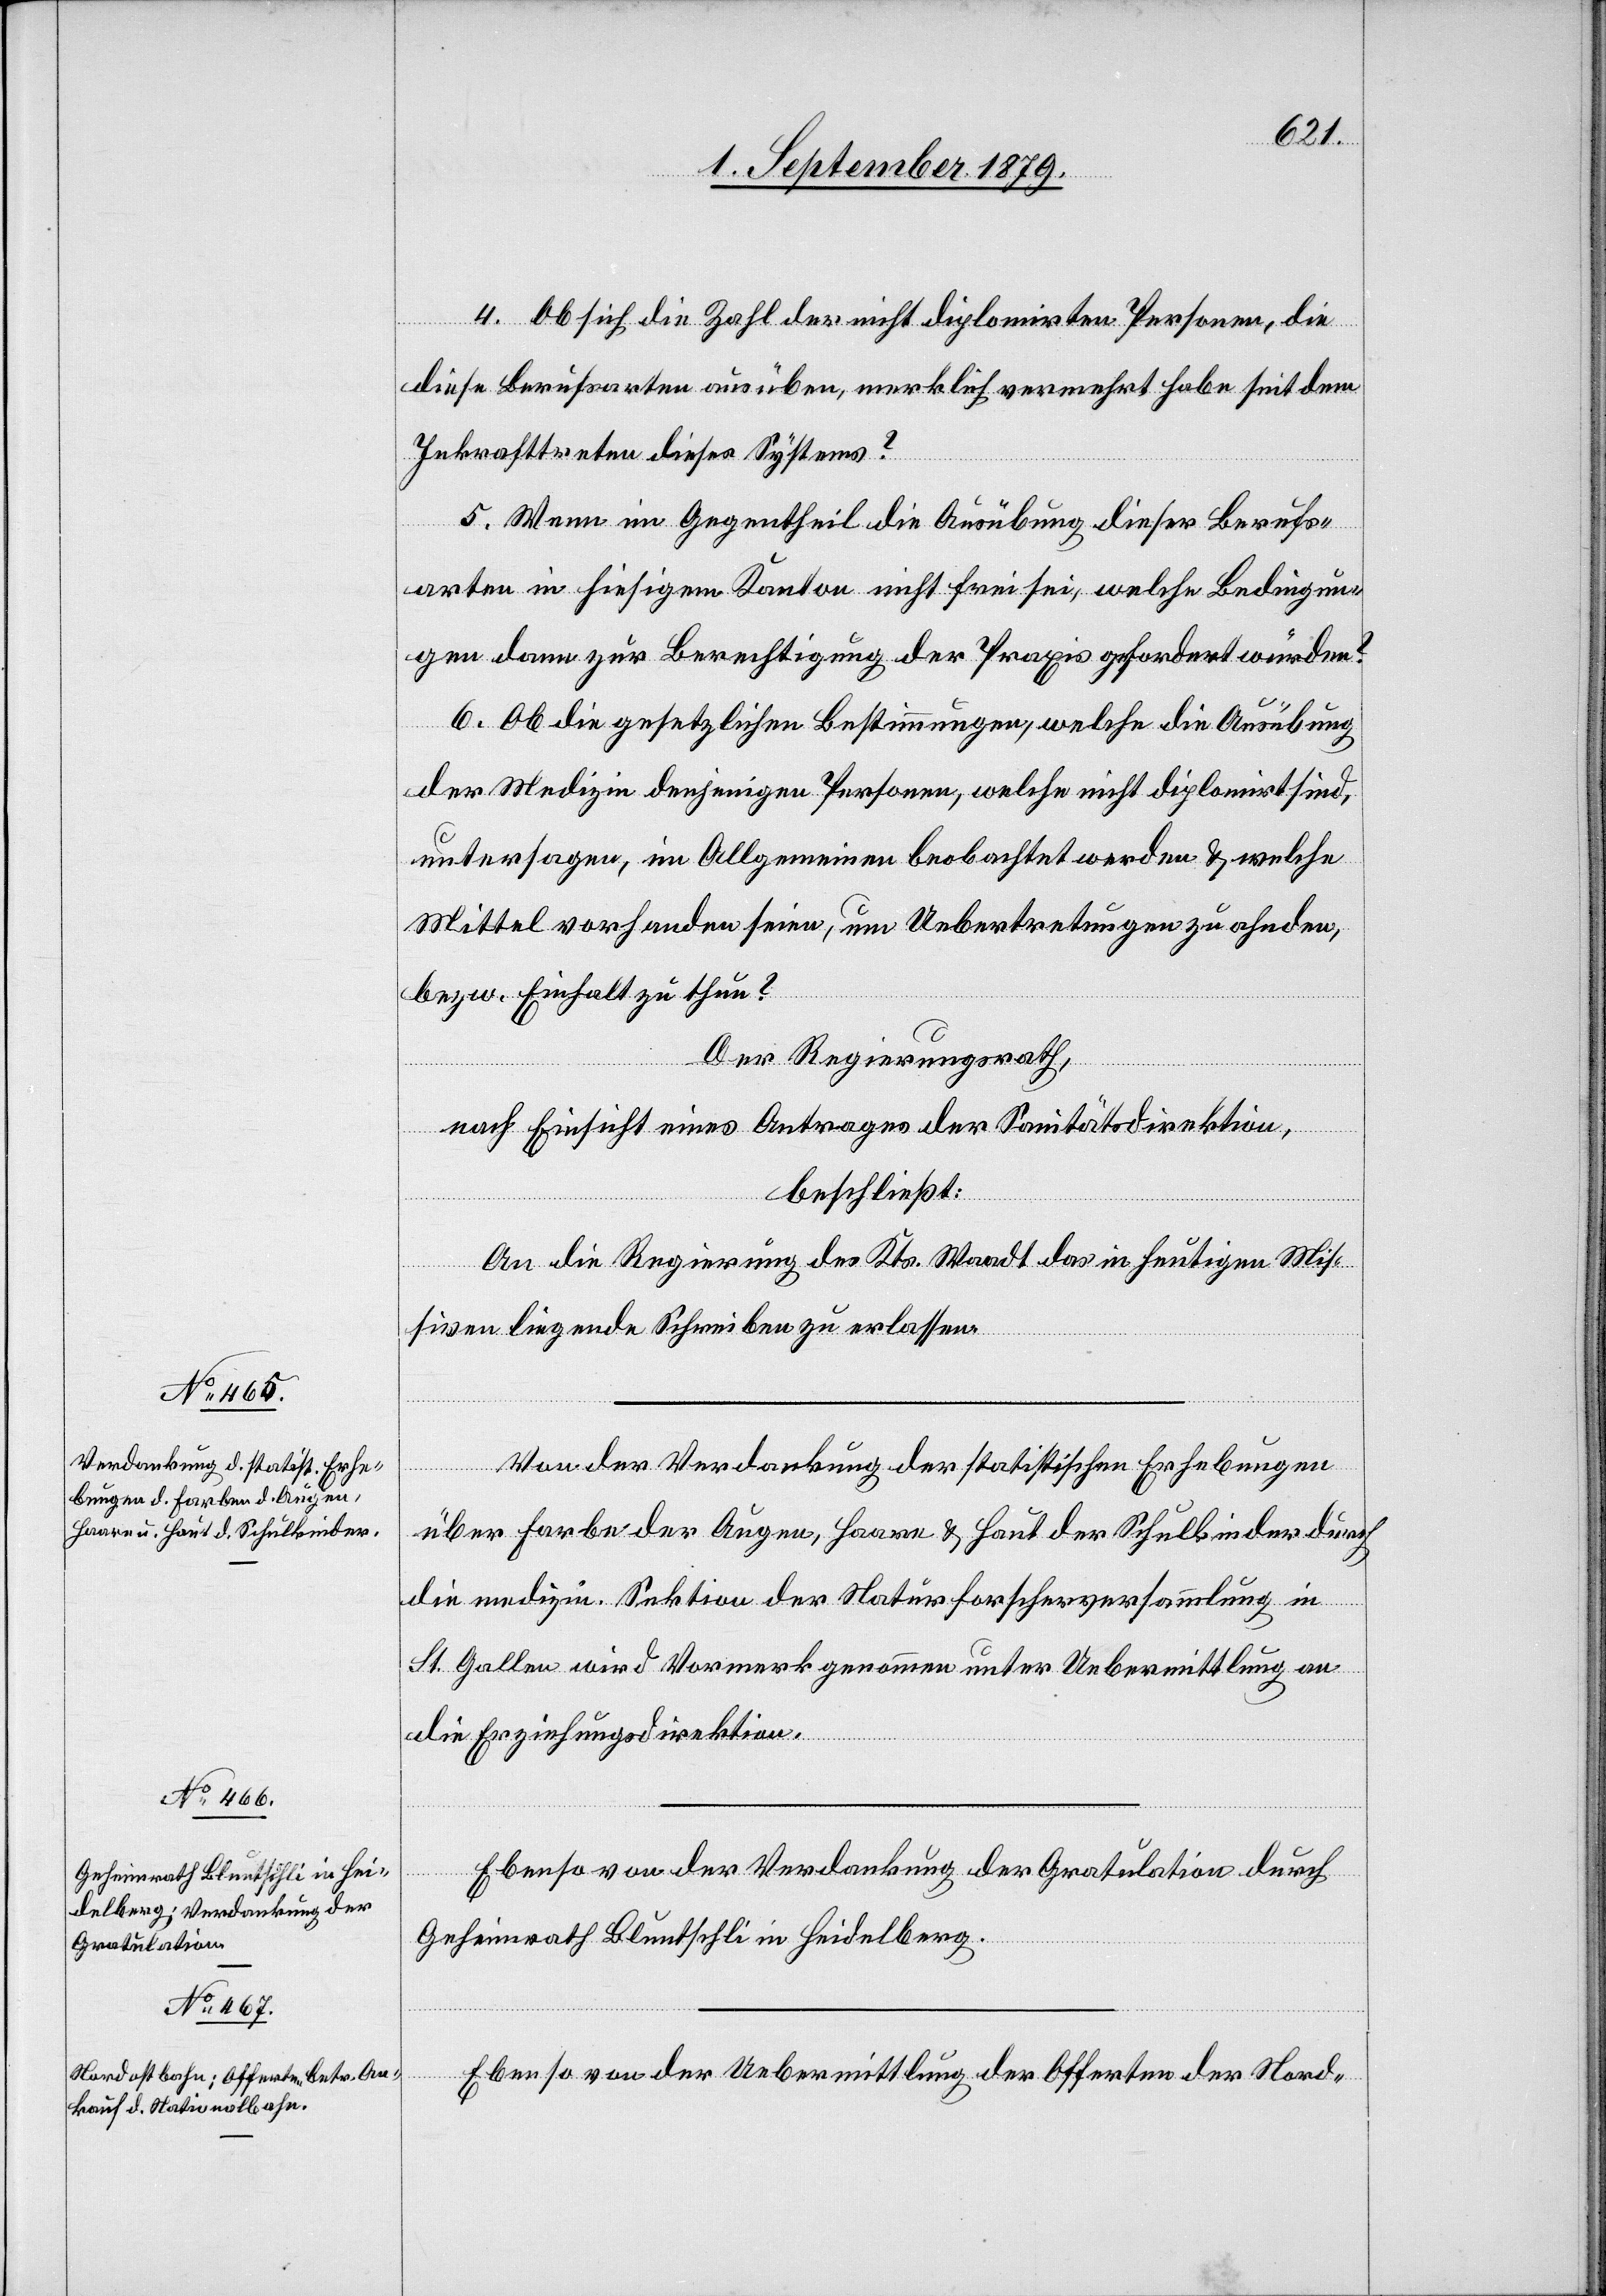
4. Ob sich die Zahl der nicht diplomirten Personen, die
diese Berufsarten ausüben, merklich vermehrt habe seit dem
Inkrafttreten dieses Systems?
5. Wenn im Gegentheil die Ausübung dieser Berufs¬
arten in hiesigem Kanton nicht frei sei, welche Bedingun¬
gen dann zur Berechtigung der Praxis gefordert würden?
6. Ob die gesetzlichen Bestimmungen, welche nicht dipl¬
untersagen, im Allgemeinen beobachtet werden & welche
Mittel vorhanden seien, um Uebertretung zu ahnden,
bezw. Einhalt zu thun?
Der Regierungsrath,
nach Einsicht eines Antrages der Sanitätsdirektion,
beschließt:
An die Regierung des Kts. Waadt das in heutigen Mis¬
siven liegende Schreiben zu erlassen.
Von der Verdankung der statistischen Erhebungen
über Farbe der Augen, Haare & Haut der Schulkinder durch
die medizin. Sektion der Naturforscherversammlung in
St. Gallen wird Vormerk genommen unter Uebermittlung an
die Erziehungsdirektion.
sind,
Ebenso von der Verdankung der Gratulation durch
Geheimrath Bluntschli Heidelberg.
Ebenso von der Uebermittlung der Offerten der Nord-